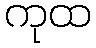
ကုထ